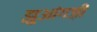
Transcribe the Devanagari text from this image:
झुआंगज़ी